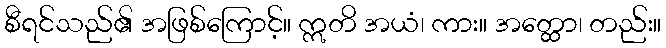
စီရင်သည်၏ အဖြစ်ကြောင့်။ ဣတိ အယံ၊ ကား။ အတ္ထော၊ တည်း။